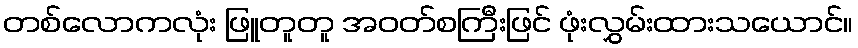
တစ်လောကလုံး ဖြူတူတူ အဝတ်စကြီးဖြင် ဖုံးလွှမ်းထားသယောင်။